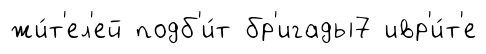
жи́т'ел'ей подб'и́т бр'игады7 ивр'и́т'е